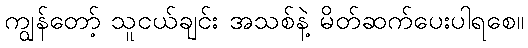
ကျွန်တော့် သူငယ်ချင်း အသစ်နဲ့ မိတ်ဆက်ပေးပါရစေ။